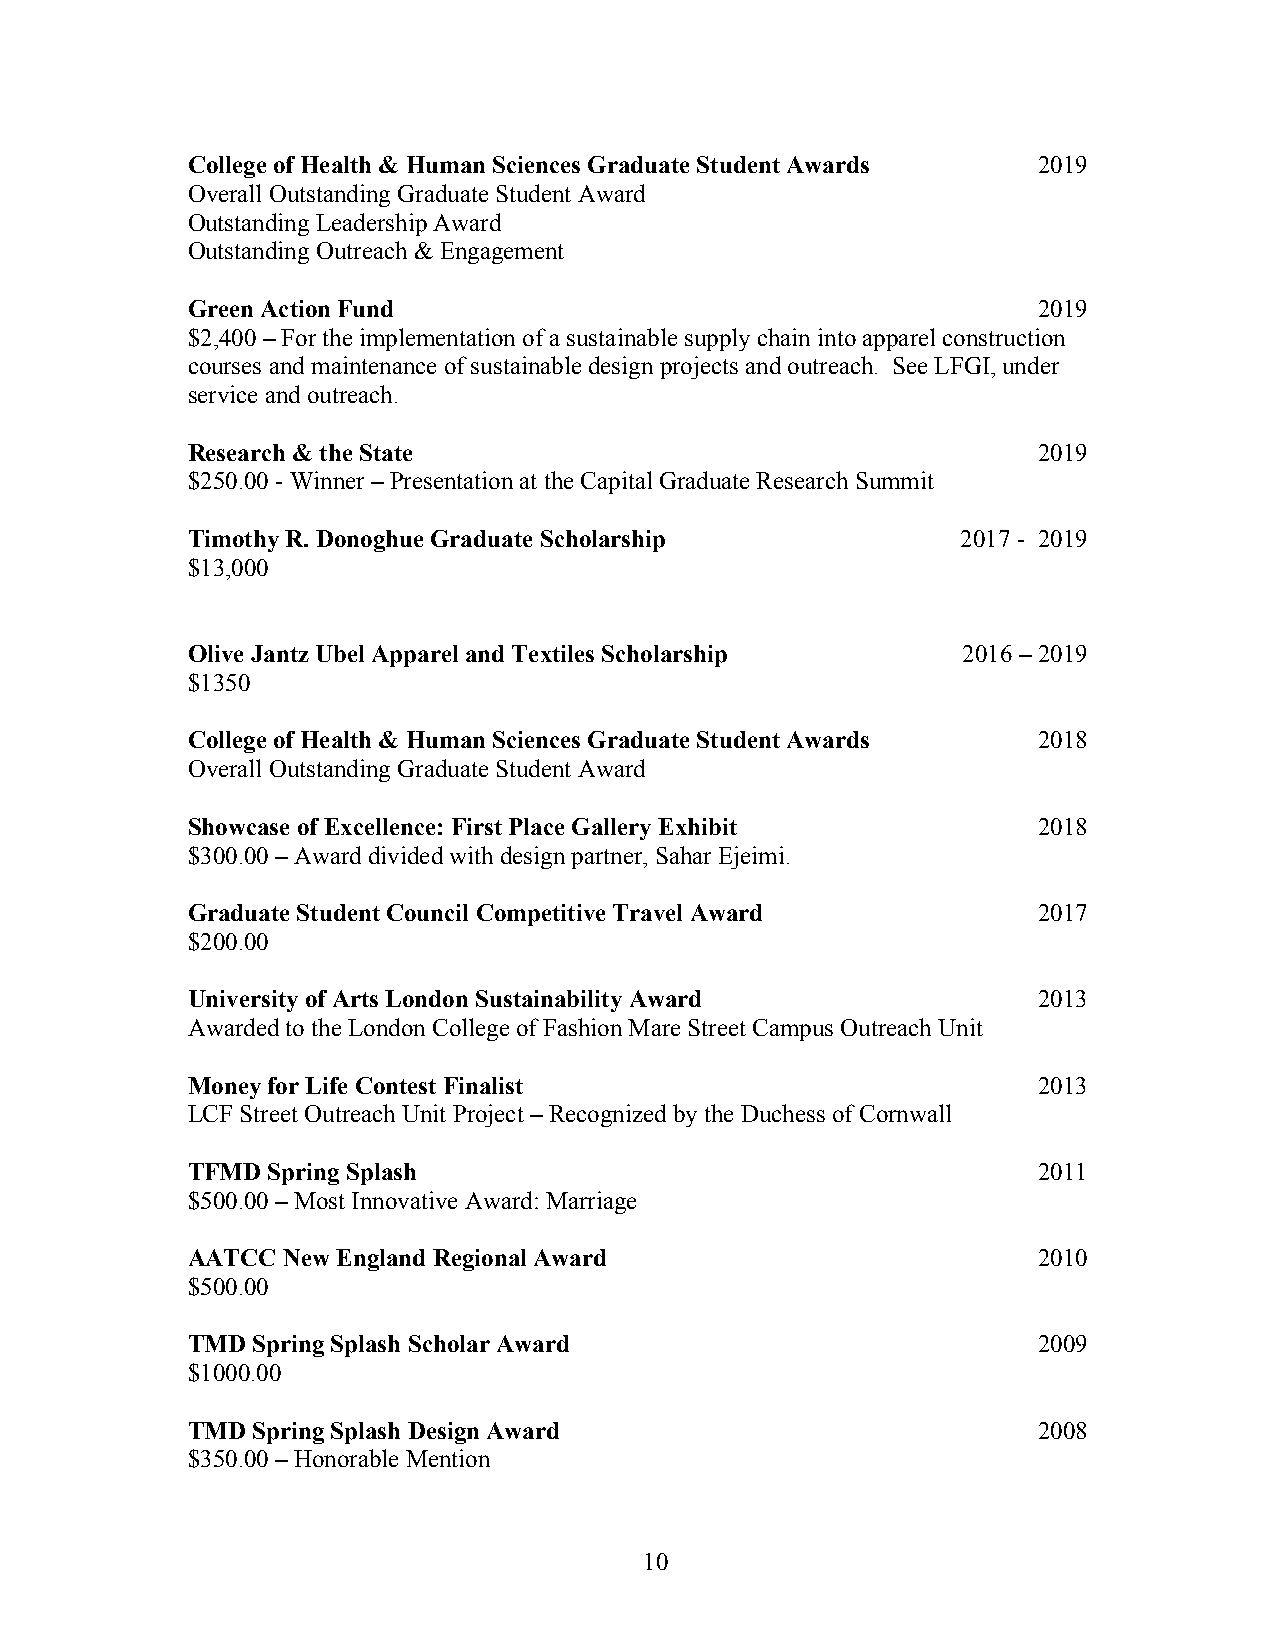
College of Health & Human Sciences Graduate Student Awards 2019
 Overall Outstanding Graduate Student Award
 Outstanding Leadership Award
 Outstanding Outreach & Engagement
 Green Action Fund                                        2019
 $2,400 – For the implementation of a sustainable supply chain into apparel construction
 courses and maintenance of sustainable design projects and outreach. See LFGI, under
 service and outreach.
 Research & the State                                     2019
 $250.00 - Winner – Presentation at the Capital Graduate Research Summit
 Timothy R. Donoghue Graduate Scholarship            2017 - 2019
 $13,000
 Olive Jantz Ubel Apparel and Textiles Scholarship   2016 – 2019
 $1350
 College of Health & Human Sciences Graduate Student Awards 2018
 Overall Outstanding Graduate Student Award
 Showcase of Excellence: First Place Gallery Exhibit      2018
 $300.00 – Award divided with design partner, Sahar Ejeimi.
 Graduate Student Council Competitive Travel Award        2017
 $200.00
 University of Arts London Sustainability Award           2013
 Awarded to the London College of Fashion Mare Street Campus Outreach Unit
 Money for Life Contest Finalist                          2013
 LCF Street Outreach Unit Project – Recognized by the Duchess of Cornwall
 TFMD  Spring Splash                                      2011
 $500.00 – Most Innovative Award: Marriage
 AATCC  New England Regional Award                        2010
 $500.00
 TMD  Spring Splash Scholar Award                         2009
 $1000.00
 TMD  Spring Splash Design Award                          2008
 $350.00 – Honorable Mention
 10